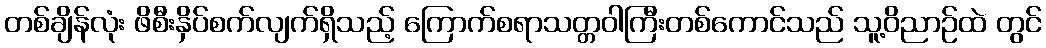
တစ်ချိန်လုံး ဖိစီးနှိပ်စက်လျက်ရှိသည့် ကြောက်စရာသတ္တဝါကြီးတစ်ကောင်သည် သူ့ဝိညာဉ်ထဲ တွင်